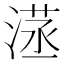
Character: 𣺜